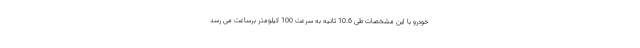
خودرو با این مشخصات طی 10.6 ثانیه به سرعت 100 کیلومتر برساعت می رسد